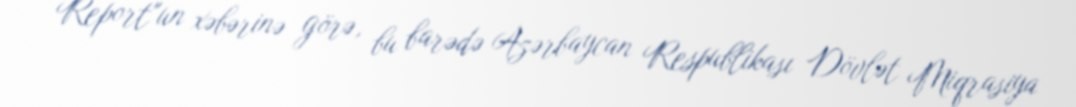
Report"un xəbərinə görə, bu barədə Azərbaycan Respublikası Dövlət Miqrasiya